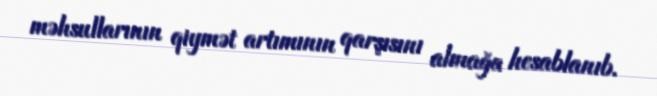
məhsullarının qiymət artımının qarşısını almağa hesablanıb.